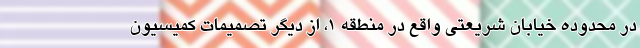
در محدوده خیابان شریعتی واقع در منطقه ۱، از دیگر تصمیمات کمیسیون